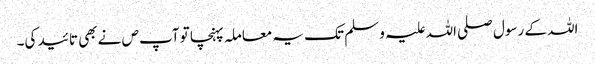
اللہ کے رسول صلی اللہ علیہ و سلم تک یہ معاملہ پہنچا تو آپ ص نے بھی تائید کی۔